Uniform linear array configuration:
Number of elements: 64
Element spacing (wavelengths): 1
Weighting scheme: uniform
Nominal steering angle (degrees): -45
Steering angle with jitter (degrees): -43.947
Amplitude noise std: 0.05
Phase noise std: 0.05

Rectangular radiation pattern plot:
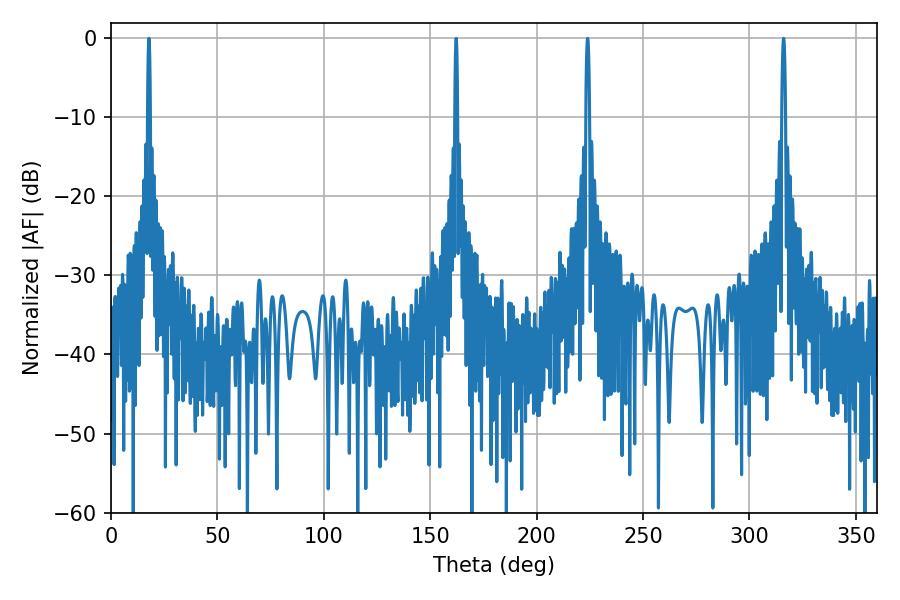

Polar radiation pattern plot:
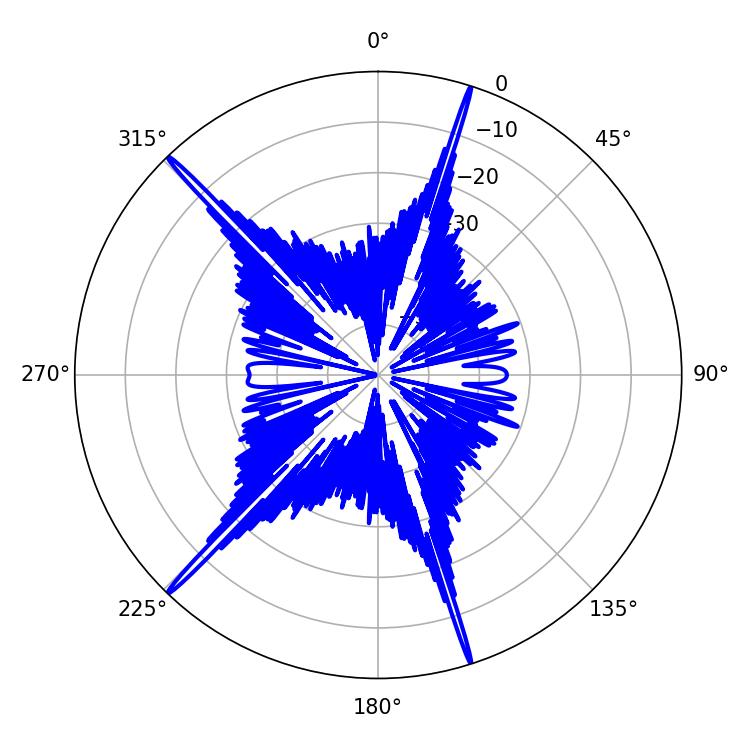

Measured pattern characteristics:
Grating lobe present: TRUE
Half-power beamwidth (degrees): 0.72
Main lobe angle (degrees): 162.18